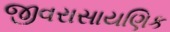
જીવરાસાયણિક